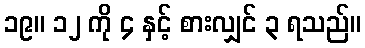
၁၉။ ၁၂ ကို ၄ နှင့် စားလျှင် ၃ ရသည်။